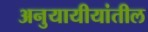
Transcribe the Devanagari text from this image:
अनुयायीयांतील